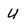
Character: U